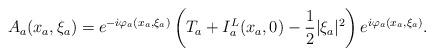
LaTeX: \begin{align*}A_{a}(x_a,\xi_a)=e^{-i\varphi_{a}(x_a,\xi_a)}\left(T_a+I^L_{a}(x_a,0)-\frac{1}{2}|\xi_a|^2\right) e^{i\varphi_{a}(x_a,\xi_a)}.\end{align*}